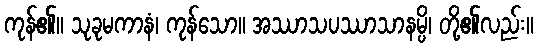
ကုန်၏။ သုခုမကာနံ၊ ကုန်သော။ အဿာသပဿာသာနမ္ပိ၊ တို့၏လည်း။